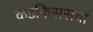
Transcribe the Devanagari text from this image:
कॅडफिससचा